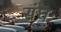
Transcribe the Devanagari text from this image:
संघः